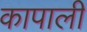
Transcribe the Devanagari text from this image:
कापाली